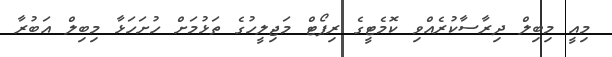
މިއީ މިބިލް ދިރާސާކުރެއްވި ކޮމެޓީގެ ރިޕޯޓް މަޖިލީހުގެ ތަޅުމަށް ހުށަހަޅާ މިބިލް އަބުރާ